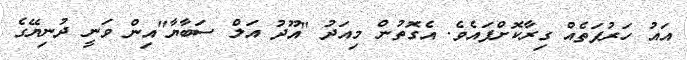
އައު ހަރުފަތެއް ގިރާކޮށްފައެވެ. އެގޮތުން މިއަދު "އޫދު އަލް ސަބާޔާ"އިން ވަނީ ދުނިޔޭގެ